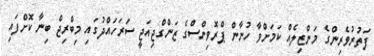
ފަތުރުވެރިންގެ މަންޒިލެއް ކަމަށްވާ ހުނާން ޕްރޮވިންސްގެ ޒަންގްޖިއަޖީ ސަރަހައްދުގައި މިބްރިޖް ބިނާ ކޮށްފައި